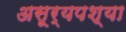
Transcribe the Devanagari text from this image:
असूर्यपश्या